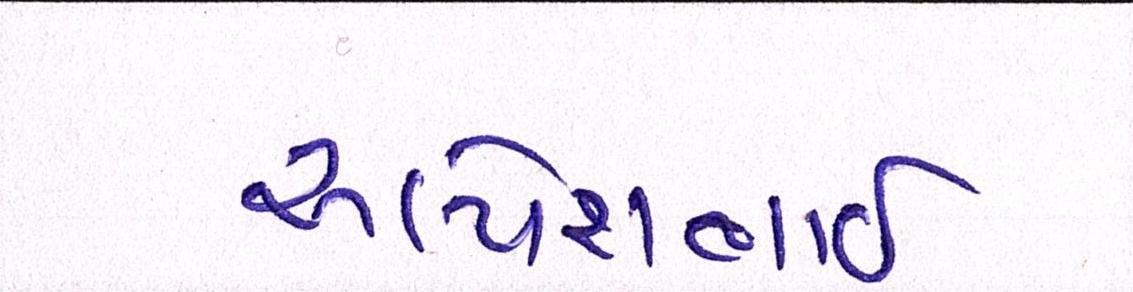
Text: અલ્પેશભાઇ